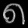
Digit: ၈